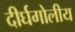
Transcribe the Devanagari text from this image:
दीर्घगोलीय